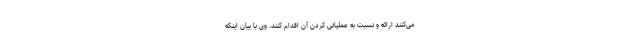
می‌کنند ارائه و نسبت به عملیاتی کردن آن اقدام کنند. وی با بیان اینکه